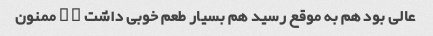
عالی بود هم به موقع رسید هم بسیار طعم خوبی داشت ^ ^ ممنون